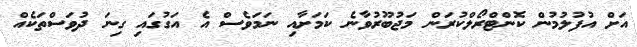
އަށް އުފުލުމުން ކޮންޓްރޯލްކުރަން މަޖުބޫރުވާނެ ކަމަށާއި ނަމަވެސް އެ އަގުގައި ގިނަ ދުވަސްތަކެއް